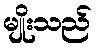
မျိုးသည်